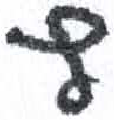
אות: ץ